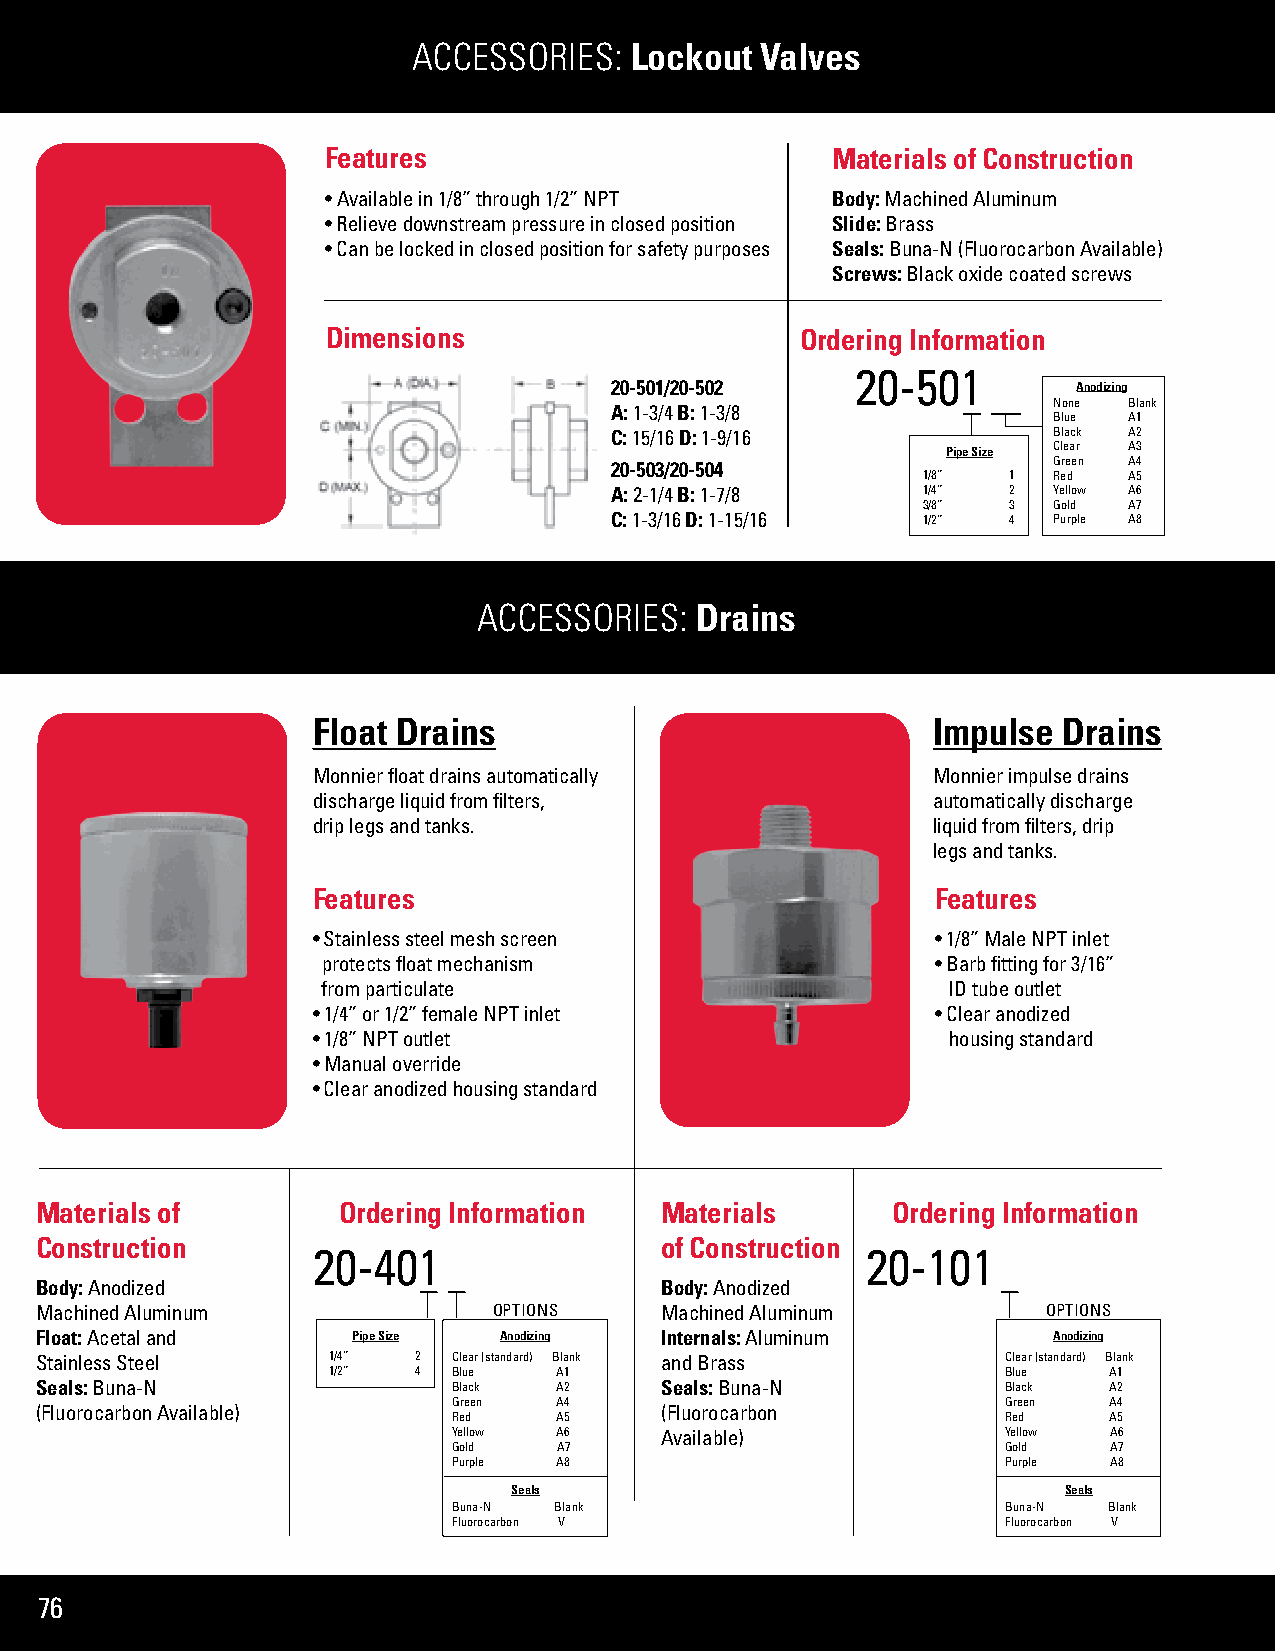
ACCESSORIES:   Lockout Valves
 Features                         Materials of Construction
 • Available in 1/8” through 1/2” NPT Body: Machined Aluminum
 • Relieve downstream pressure in closed position Slide: Brass
 • Can be locked in closed position for safety purposes Seals: Buna-N (Fluorocarbon Available)
 Screws: Black oxide coated screws
 Dimensions                     Ordering Information
 20-501
 20-501/20-502                  Anodizing
 None Blank
 A: 1-3/4 B: 1-3/8
 Blue A1
 C: 15/16 D: 1-9/16            Black A2
 Pipe Size Clear A3
 20-503/20-504                 Green A4
 1/8”  1  Red  A5
 A: 2-1/4 B: 1-7/8    1/4”  2  Yellow A6
 3/8”  3  Gold A7
 C: 1-3/16 D: 1-15/16 1/2”  4  Purple A8
 ACCESSORIES:  Drains
 Float Drains                             Impulse Drains
 Monnier float drains automatically       Monnier impulse drains
 discharge liquid from filters,           automatically discharge
 drip legs and tanks.                     liquid from filters, drip
 legs and tanks.
 Features                                 Features
 • Stainless steel mesh screen            • 1/8” Male NPT inlet
 protects float mechanism                 • Barb fitting for 3/16”
 from particulate                          ID tube outlet
 • 1/4” or 1/2” female NPT inlet          • Clear anodized
 • 1/8” NPT outlet                         housing standard
 • Manual override
 • Clear anodized housing standard
 Materials of        Ordering Information  Materials      Ordering Information
 Construction                              of Construction
 20-401                              20-101
 Body: Anodized                            Body: Anodized
 Machined Aluminum              OPTIONS    Machined Aluminum        OPTIONS
 Float: Acetal and    Pipe Size Anodizing  Internals: Aluminum       Anodizing
 Stainless Steel     1/4” 2  Clear (standard) Blank and Brass     Clear (standard) Blank
 1/2” 4  Blue   A1                            Blue  A1
 Seals: Buna-N               Black  A2     Seals: Buna-N          Black A2
 Green  A4                            Green A4
 (Fluorocarbon Available)                  (Fluorocarbon
 Red    A5                            Red   A5
 Yellow A6     Available)             Yellow A6
 Gold   A7                            Gold  A7
 Purple A8                            Purple A8
 Seals                               Seals
 Buna-N Blank                         Buna-N Blank
 Fluorocarbon V                       Fluorocarbon V
 76